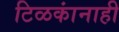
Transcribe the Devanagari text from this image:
टिळकांनाही